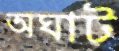
অঘাট